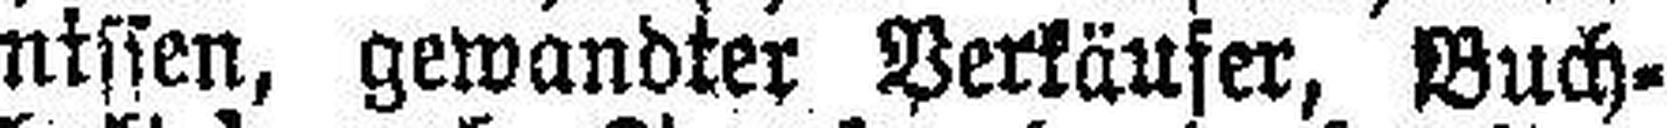
nissen, gewandter Verkäufer, Buch¬